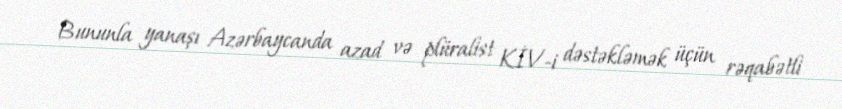
Bununla yanaşı Azərbaycanda azad və plüralist KİV-i dəstəkləmək üçün rəqabətli